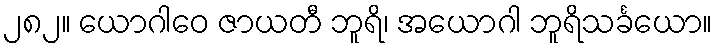
၂၈၂။ ယောဂါဝေ ဇာယတီ ဘူရိ၊ အယောဂါ ဘူရိသင်္ခယော။